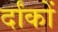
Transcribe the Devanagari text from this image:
र्दांकों